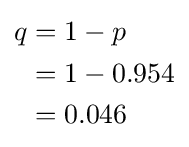
{\begin{aligned}q&=1-p\\&=1-0.954\\&=0.046\end{aligned}}